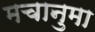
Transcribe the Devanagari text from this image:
मचानुमा